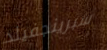
سبرينجفيلد